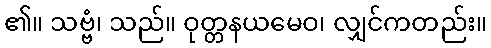
၏။ သဗ္ဗံ၊ သည်။ ဝုတ္တနယမေဝ၊ လျှင်ကတည်း။